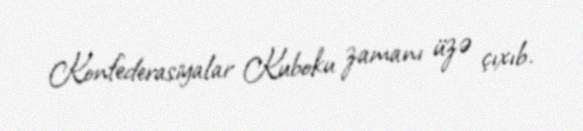
Konfederasiyalar Kuboku zamanı üzə çıxıb.